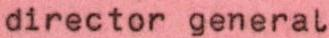
director general